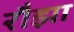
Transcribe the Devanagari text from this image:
रौझा